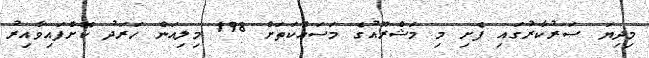
މިދިޔަ ސަރުކާރުގައި ފެށި މި މަޝްރޫއުގެ މަސައްކަތަށް 198 މިލިއަން ހަރަދު ކޮށްފައިވާއިރު